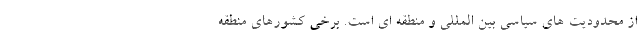
از محدودیت های سیاسی بین المللی و منطقه ای است. برخی کشورهای منطقه